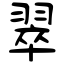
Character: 翠